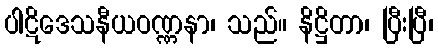
ပါဋိဒေသနီယဝဏ္ဏနာ၊ သည်။ နိဋ္ဌိတာ၊ ပြီးပြီ၊